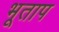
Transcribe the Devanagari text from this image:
भूताप